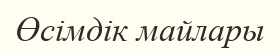
Өсiмдiк майлары